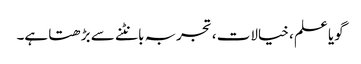
گویا علم ، خیالات ، تجربہ بانٹنے سے بڑھتا ہے۔